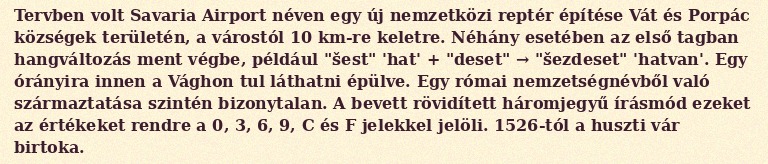
Tervben volt Savaria Airport néven egy új nemzetközi reptér építése Vát és Porpác községek területén, a várostól 10 km-re keletre. Néhány esetében az első tagban hangváltozás ment végbe, például "šest" 'hat' + "deset" → "šezdeset" 'hatvan'. Egy órányira innen a Vághon tul láthatni épülve. Egy római nemzetségnévből való származtatása szintén bizonytalan. A bevett rövidített háromjegyű írásmód ezeket az értékeket rendre a 0, 3, 6, 9, C és F jelekkel jelöli. 1526-tól a huszti vár birtoka.